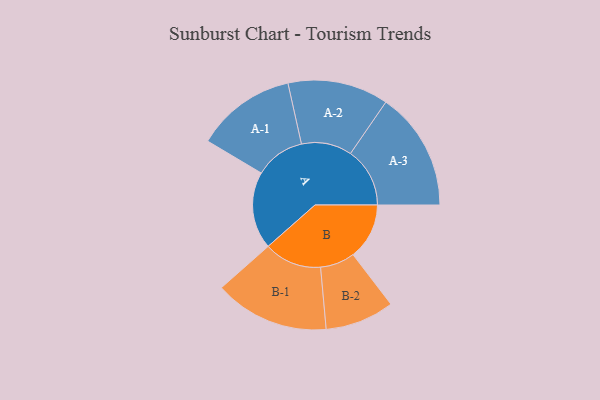
{"axis": {"x": "Segment", "y": "Value"}, "legend": ["", "A", "B"], "data": [{"x": "A", "y": 371, "type": ""}, {"x": "B", "y": 270, "type": ""}, {"x": "A-1", "y": 240, "type": "A"}, {"x": "A-2", "y": 242, "type": "A"}, {"x": "A-3", "y": 285, "type": "A"}, {"x": "B-1", "y": 276, "type": "B"}, {"x": "B-2", "y": 166, "type": "B"}]}